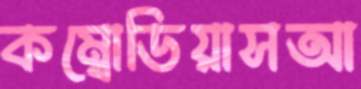
কম্বোডিয়াসআ